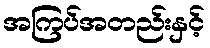
အကြပ်အတည်းနှင့်